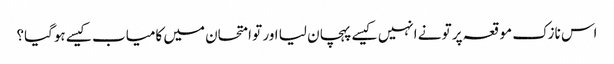
اس نازک موقعہ پر تو نے انہیں کیسے پہچان لیا اور تو امتحان میں کامیاب کیسے ہوگیا؟